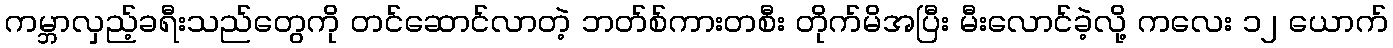
ကမ္ဘာလှည့်ခရီးသည်တွေကို တင်ဆောင်လာတဲ့ ဘတ်စ်ကားတစီး တိုက်မိအပြီး မီးလောင်ခဲ့လို့ ကလေး ၁၂ ယောက်